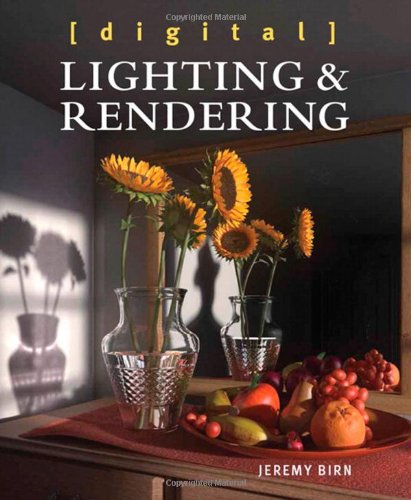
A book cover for Digital Lighting and Rendering (3rd Edition) (Voices That Matter); Jeremy Birn; Computers & Technology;